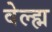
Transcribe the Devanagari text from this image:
वेल्ह्म